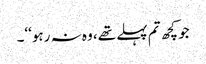
جو کچھ تم پہلے تھے، وہ نہ رہو‘‘۔